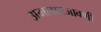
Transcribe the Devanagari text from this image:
अमलाबजावणी